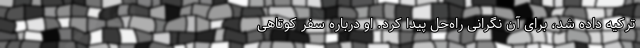
ترکیه داده شد، برای آن نگرانی راه‌حل پیدا کرد. او درباره سفر کوتاهی